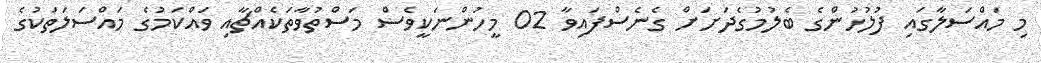
މި މައްސަލާގައި ފުލުހުންގެ ބެލުމުގެދަށަށް ގެނެސްފައިވާ 02 މީހުންނަކީވެސް މަސްތުވާތަކެއްޗާއި ވައްކަމުގެ މައްސަލަތަކުގެ